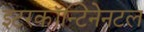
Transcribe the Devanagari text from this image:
इटरकॉन्टिनेनटल